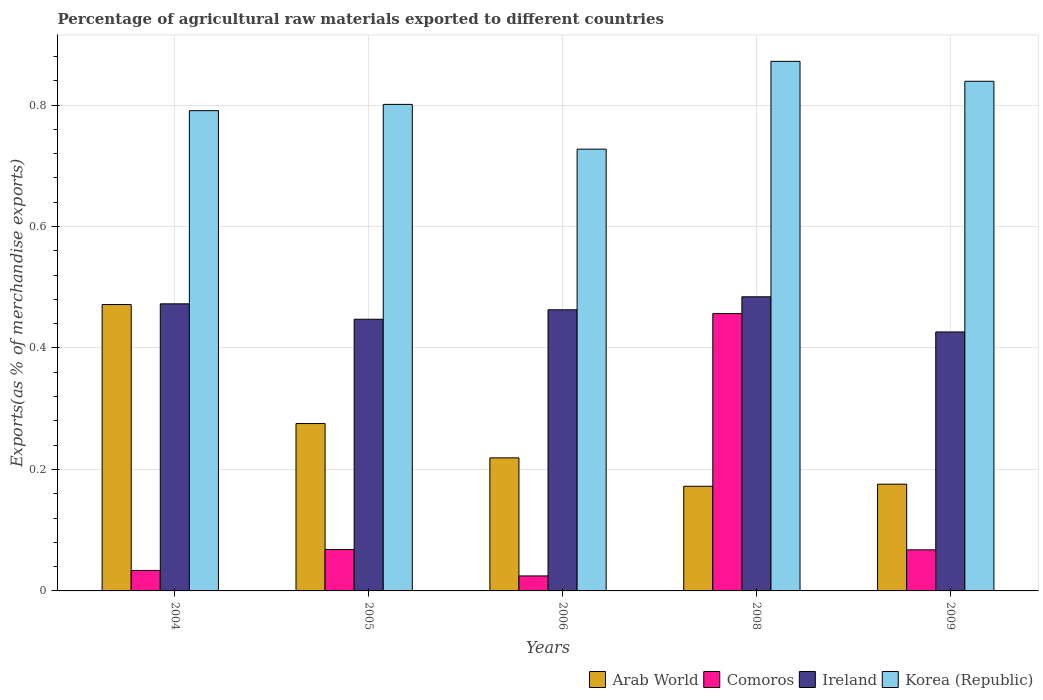
| Years | Arab World | Comoros | Ireland | Korea (Republic) |
 | --- | --- | --- | --- | --- |
 | 2004 | 0.471 | 0.0337 | 0.473 | 0.791 |
 | 2005 | 0.276 | 0.0682 | 0.447 | 0.801 |
 | 2006 | 0.219 | 0.0247 | 0.463 | 0.727 |
 | 2008 | 0.172 | 0.457 | 0.484 | 0.872 |
 | 2009 | 0.176 | 0.0676 | 0.426 | 0.839 |